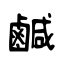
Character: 鹹